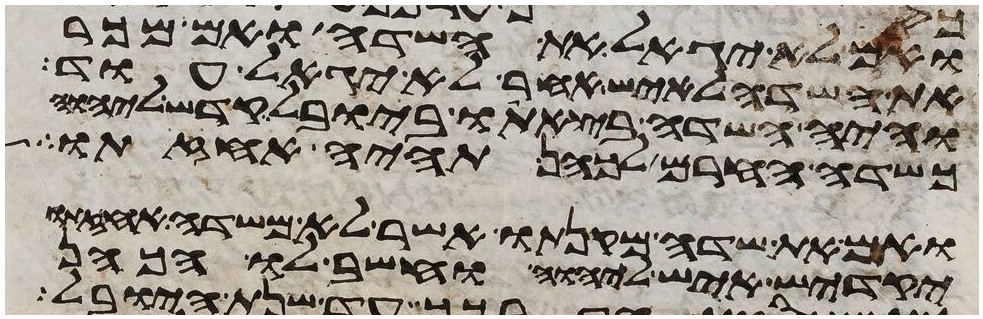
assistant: ואם לא יגאל את השדה ואם מכר
את השדה לאיש אחר לא יגאל עוד
והיה השדה בצאתו ביובל קדש ליהוה
כשדה החרם לכהן תהיה אחזתו
ואם את שדה מקנתו אשר לא משדה אחזתו
יקדיש איש ליהוה וחשב לו הכהן